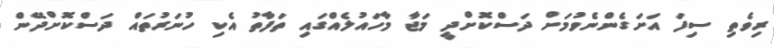
ރިވެތި ސިފަ އަށަގެންނެވުމަށް ދަސްކޮށްދީ މަޖާ މާހައުލެއްގައި ތަފާތު އެކި ހުނަރުތައް ދަސްކޮށްދޭން